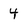
Character: 4